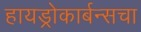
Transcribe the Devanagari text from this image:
हायड्रोकार्बन्सचा